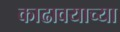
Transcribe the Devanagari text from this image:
काढावयाच्या